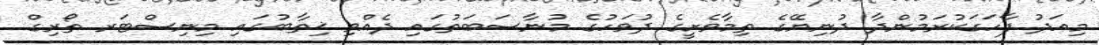
މިއަދު ފާހަގަކުރަމުންދާ ދުނިޔޭގެ ތިމާވެށީގެ ދުވަހުގެ މުނާސަބަތުގައި ދެއްވި ޚިތާބުގައި މިނިސްޓަރ ތޯރިގް